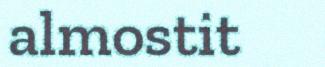
almostit